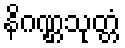
နိဂဏ္ဌသုတ္တံ